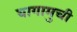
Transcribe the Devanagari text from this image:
यागामुची